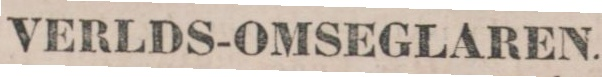
VERLDS-OMSEGLAREN.